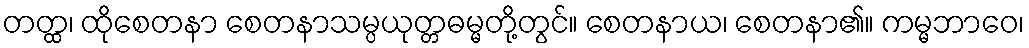
တတ္ထ၊ ထိုစေတနာ စေတနာသမ္ပယုတ္တဓမ္မတို့တွင်။ စေတနာယ၊ စေတနာ၏။ ကမ္မဘာဝေ၊